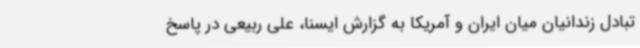
تبادل زندانیان میان ایران و آمریکا به گزارش ایسنا، علی ربیعی در پاسخ